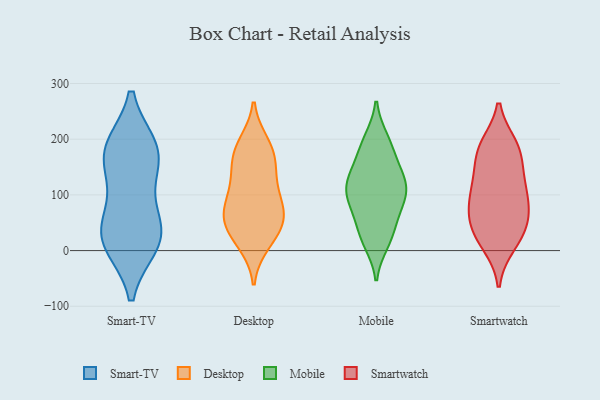
{"axis": {"x": "Demand Index", "y": "Value"}, "legend": ["Desktop", "Mobile", "Smart-TV", "Smartwatch"], "data": [{"x": "", "y": 12, "type": "Smart-TV"}, {"x": "", "y": 33, "type": "Smart-TV"}, {"x": "", "y": 184, "type": "Smart-TV"}, {"x": "", "y": 173, "type": "Smart-TV"}, {"x": "", "y": 13, "type": "Smart-TV"}, {"x": "", "y": 172, "type": "Smart-TV"}, {"x": "", "y": 183, "type": "Smart-TV"}, {"x": "", "y": 116, "type": "Smart-TV"}, {"x": "", "y": 27, "type": "Smart-TV"}, {"x": "", "y": 54, "type": "Smart-TV"}, {"x": "", "y": 153, "type": "Desktop"}, {"x": "", "y": 57, "type": "Desktop"}, {"x": "", "y": 22, "type": "Desktop"}, {"x": "", "y": 147, "type": "Desktop"}, {"x": "", "y": 100, "type": "Desktop"}, {"x": "", "y": 70, "type": "Desktop"}, {"x": "", "y": 192, "type": "Desktop"}, {"x": "", "y": 89, "type": "Desktop"}, {"x": "", "y": 13, "type": "Desktop"}, {"x": "", "y": 184, "type": "Desktop"}, {"x": "", "y": 60, "type": "Desktop"}, {"x": "", "y": 58, "type": "Desktop"}, {"x": "", "y": 176, "type": "Desktop"}, {"x": "", "y": 119, "type": "Desktop"}, {"x": "", "y": 38, "type": "Desktop"}, {"x": "", "y": 200, "type": "Mobile"}, {"x": "", "y": 47, "type": "Mobile"}, {"x": "", "y": 186, "type": "Mobile"}, {"x": "", "y": 21, "type": "Mobile"}, {"x": "", "y": 14, "type": "Mobile"}, {"x": "", "y": 154, "type": "Mobile"}, {"x": "", "y": 136, "type": "Mobile"}, {"x": "", "y": 121, "type": "Mobile"}, {"x": "", "y": 197, "type": "Mobile"}, {"x": "", "y": 107, "type": "Mobile"}, {"x": "", "y": 100, "type": "Mobile"}, {"x": "", "y": 99, "type": "Mobile"}, {"x": "", "y": 120, "type": "Mobile"}, {"x": "", "y": 119, "type": "Mobile"}, {"x": "", "y": 61, "type": "Mobile"}, {"x": "", "y": 75, "type": "Mobile"}, {"x": "", "y": 90, "type": "Mobile"}, {"x": "", "y": 158, "type": "Mobile"}, {"x": "", "y": 24, "type": "Mobile"}, {"x": "", "y": 122, "type": "Smartwatch"}, {"x": "", "y": 96, "type": "Smartwatch"}, {"x": "", "y": 110, "type": "Smartwatch"}, {"x": "", "y": 49, "type": "Smartwatch"}, {"x": "", "y": 35, "type": "Smartwatch"}, {"x": "", "y": 11, "type": "Smartwatch"}, {"x": "", "y": 172, "type": "Smartwatch"}, {"x": "", "y": 80, "type": "Smartwatch"}, {"x": "", "y": 18, "type": "Smartwatch"}, {"x": "", "y": 73, "type": "Smartwatch"}, {"x": "", "y": 131, "type": "Smartwatch"}, {"x": "", "y": 185, "type": "Smartwatch"}, {"x": "", "y": 52, "type": "Smartwatch"}, {"x": "", "y": 181, "type": "Smartwatch"}, {"x": "", "y": 188, "type": "Smartwatch"}]}